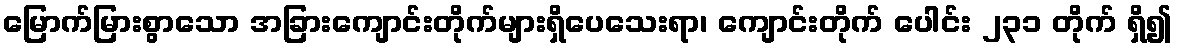
မြောက်မြားစွာသော အခြားကျောင်းတိုက်များရှိပေသေးရာ၊ ကျောင်းတိုက် ပေါင်း ၂၃၁ တိုက် ရှိ၍